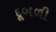
દૂબળી